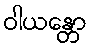
ဝါယန္တော